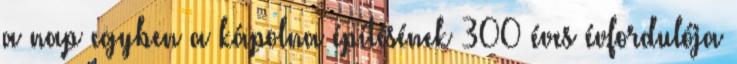
a nap egyben a kápolna építésének 300 éves évfordulója